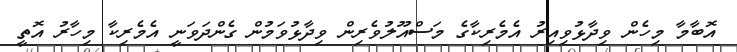
އޮބާމާ މިހެން ވިދާޅުވިއިރު އެމެރިކާގެ މަސްއޫލުވެރިން ވިދާޅުވަމުން ގެންދަވަނީ އެމެރިކާ މިހާރު އޮތީ